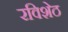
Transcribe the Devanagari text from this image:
रविशेठ